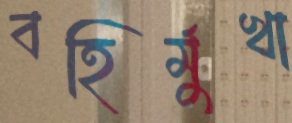
বহির্মুখা